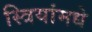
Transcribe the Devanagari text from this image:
स्त्रियांमधे